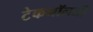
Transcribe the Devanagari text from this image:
टेकनॉलजी